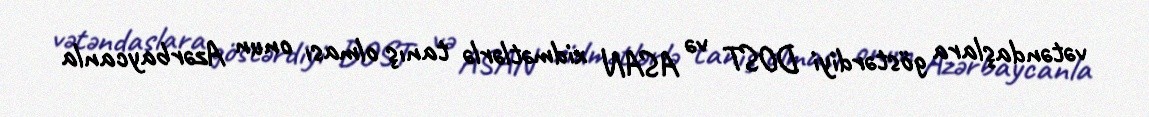
vətəndaşlara göstərdiyi DOST və ASAN xidmətlərlə tanış olması onun Azərbaycanla